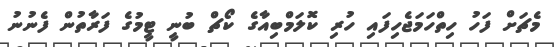
މެޗަށް ފަހު ހިތްހަމަޖެހިފައި ހުރި ކޮލަމްބިއާގެ ކޯޗް ބުނީ ޓީމުގެ ފަރާތުން ފެނުނު